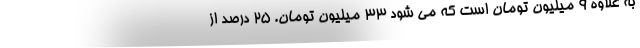
به علاوه ۹ میلیون تومان است که می شود ۳۳ میلیون تومان. ۲۵ درصد از